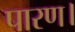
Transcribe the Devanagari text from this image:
पारण।